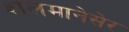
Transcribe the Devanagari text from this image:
शलमानेसेर